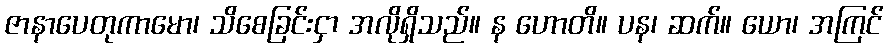
ဇာနာပေတုကာမော၊ သိစေခြင်းငှာ အလိုရှိသည်။ န ဟောတိ။ ပန၊ ဆက်။ ယော၊ အကြင်